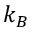
k _ { B }